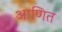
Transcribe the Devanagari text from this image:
आणित